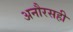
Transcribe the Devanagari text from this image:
अनौरसही